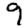
Digit: 9